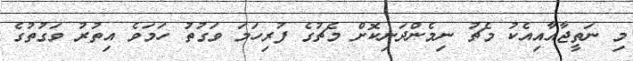
މި ނަތީޖާއާއިއެކު މެޗު ނިމެންދަނިކޮށް މެޗުގެ ފުރިހަމަ ވަގުތު ހަމަވެ އިތުރު ވަގުތުގެ